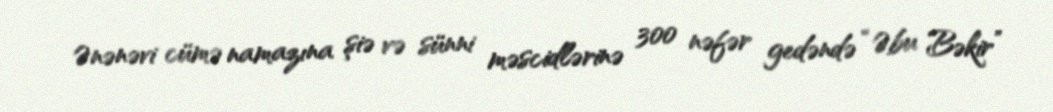
Ənənəvi cümə namazına şiə və sünni məscidlərinə 300 nəfər gedəndə “Əbu Bəkir”